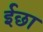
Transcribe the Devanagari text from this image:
ईछा